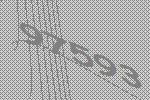
97593